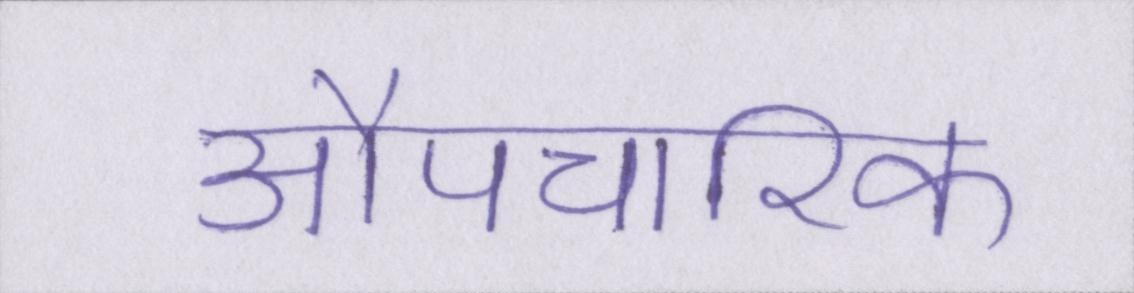
औपचारिक